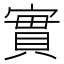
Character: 實